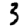
Digit: 3